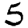
Digit: 5